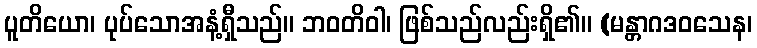
ပူတိယော၊ ပုပ်သောအနံ့ရှီသည်။ ဘဝတိဝါ၊ ဖြစ်သည်လည်းရှိ၏။ (မန္တာဂဒဝသေန၊